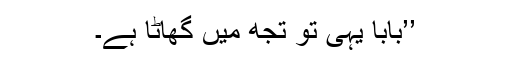
’’بابا یہی تو تجھ میں گھاٹا ہے۔